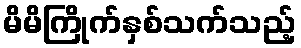
မိမိကြိုက်နှစ်သက်သည့်